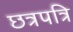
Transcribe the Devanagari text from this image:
छत्रपत्रि